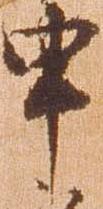
申